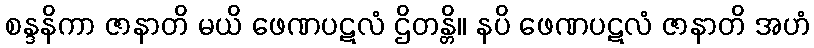
စန္ဒနိကာ ဇာနာတိ မယိ ဖေဏပဋလံ ဌိတန္တိ။ နပိ ဖေဏပဋလံ ဇာနာတိ အဟံ